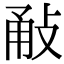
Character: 㪌